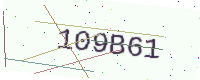
Text: 109B61